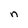
Character: n